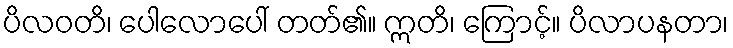
ပိလဝတိ၊ ပေါလောပေါ် တတ်၏။ ဣတိ၊ ကြောင့်။ ပိလာပနတာ၊